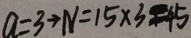
a = 3 \rightarrow N = 1 5 \times 3 = 4 5